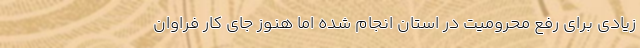
زیادی برای رفع محرومیت در استان انجام شده اما هنوز جای کار فراوان